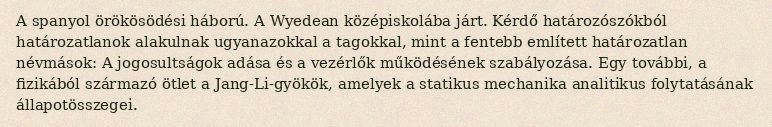
A spanyol örökösödési háború. A Wyedean középiskolába járt. Kérdő határozószókból határozatlanok alakulnak ugyanazokkal a tagokkal, mint a fentebb említett határozatlan névmások: A jogosultságok adása és a vezérlők működésének szabályozása. Egy további, a fizikából származó ötlet a Jang-Li-gyökök, amelyek a statikus mechanika analitikus folytatásának állapotösszegei.